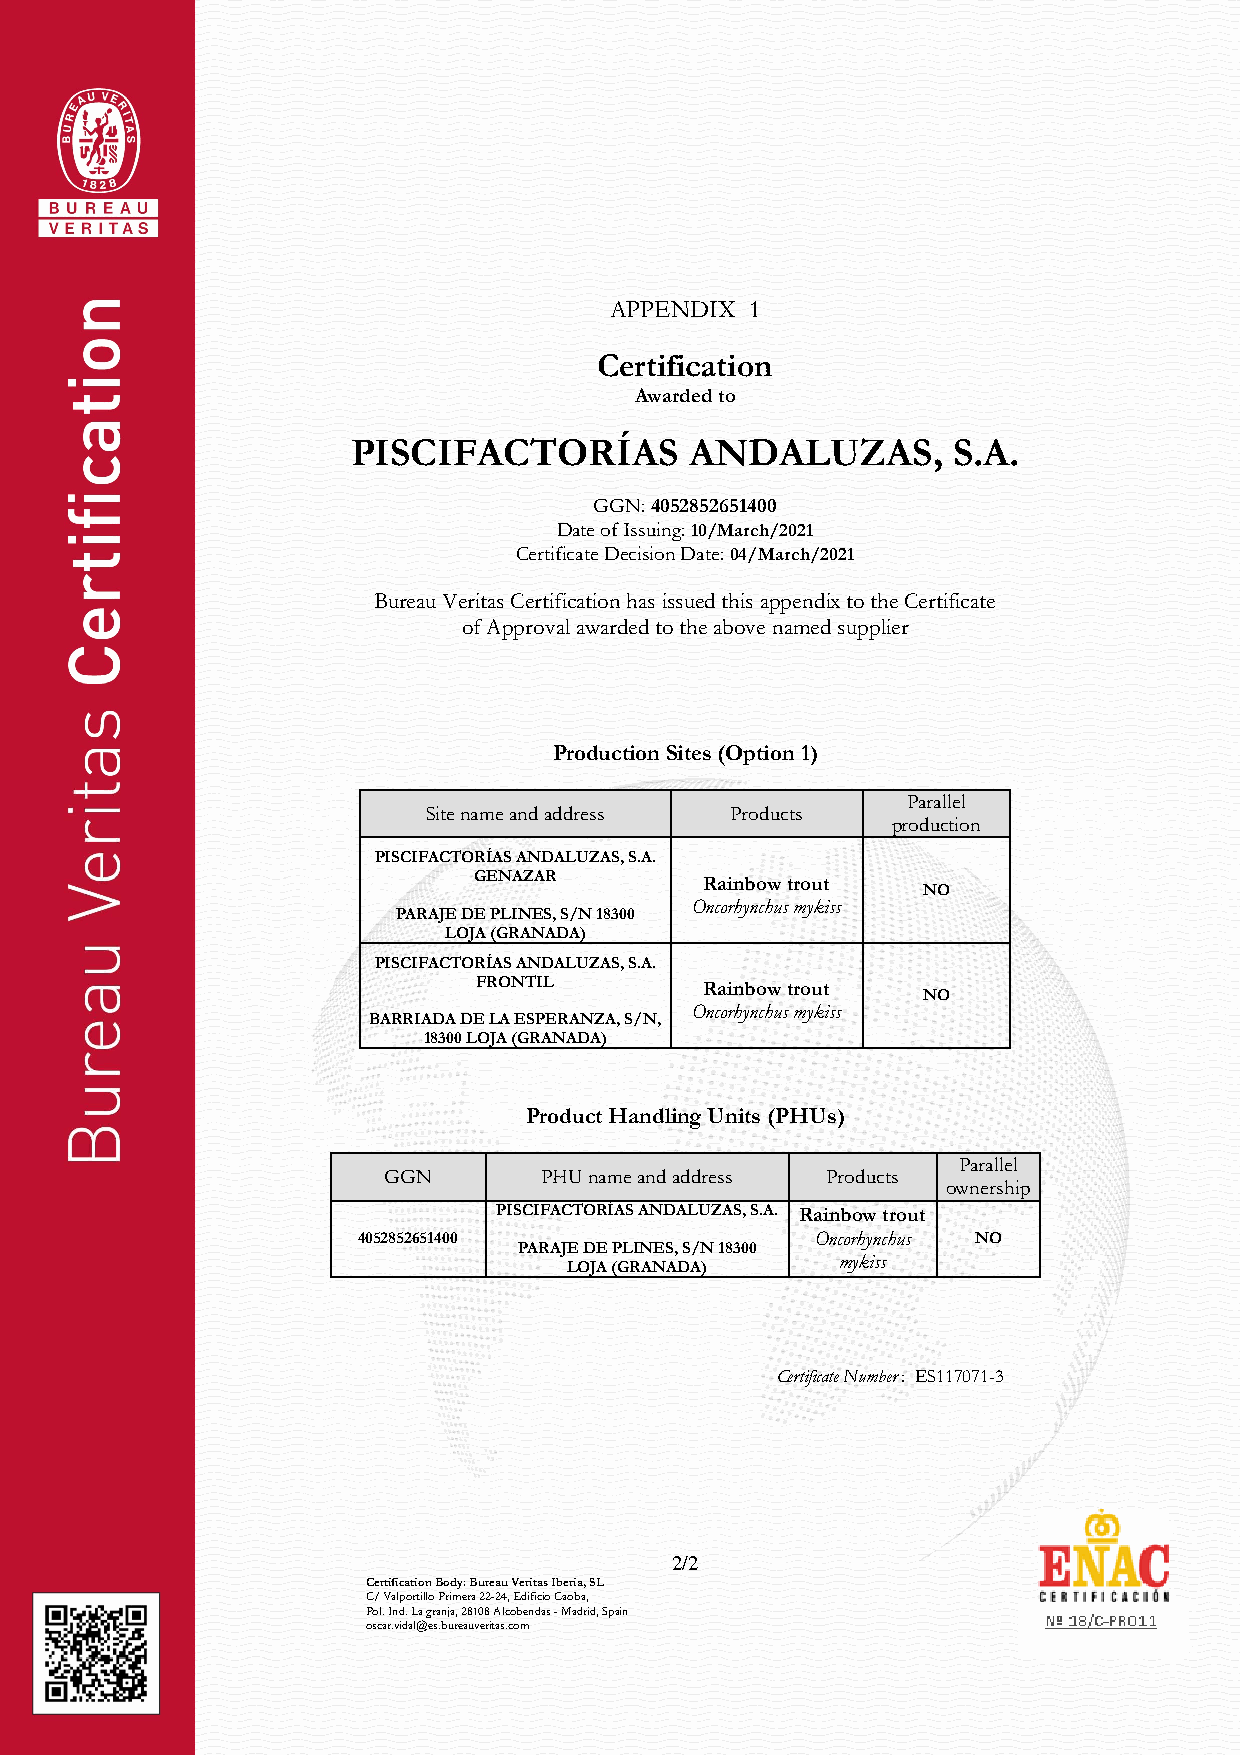
APPENDIX  1
 Certification
 Awarded to
 PISCIFACTORÍAS         ANDALUZAS,       S.A.
 GGN: 4052852651400
 Date of Issuing: 10/March/2021
 Certificate Decision Date: 04/March/2021
 Bureau Veritas Certification has issued this appendix to the Certificate
 of Approval awarded to the above named supplier
 Production Sites (Option 1)
 Parallel
 Site name and address Products
 production
 PISCIFACTORÍAS ANDALUZAS, S.A.
 GENAZAR         Rainbow trout
 NO
 Oncorhynchus mykiss
 PARAJE DE PLINES, S/N 18300
 LOJA (GRANADA)
 PISCIFACTORÍAS ANDALUZAS, S.A.
 FRONTIL        Rainbow trout
 NO
 Oncorhynchus mykiss
 BARRIADA DE LA ESPERANZA, S/N,
 18300 LOJA (GRANADA)
 Product Handling Units (PHUs)
 Parallel
 GGN        PHU name and address Products
 ownership
 PISCIFACTORÍAS ANDALUZAS, S.A. Rainbow trout
 4052852651400                 Oncorhynchus NO
 PARAJE DE PLINES, S/N 18300
 mykiss
 LOJA (GRANADA)
 Certificate Number : ES117071-3
 2/2
 Certification Body: Bureau Veritas Iberia, SL
 C/ Valportillo Primera 22-24, Edificio Caoba,
 Pol. Ind. La granja, 28108 Alcobendas - Madrid, Spain
 oscar.vidal@es.bureauveritas.com